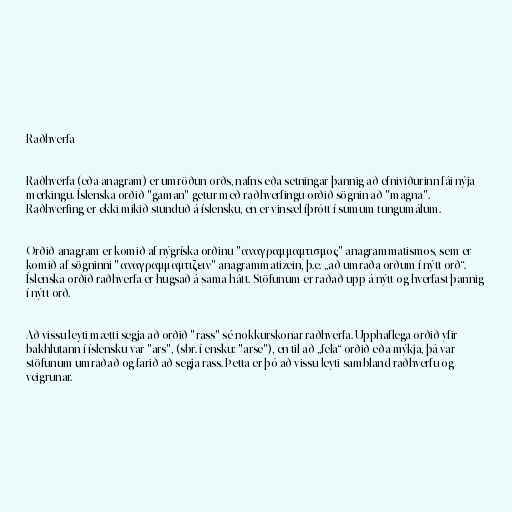
Raðhverfa

Raðhverfa (eða anagram) er umröðun orðs, nafns eða setningar þannig að efniviðurinn fái nýja
merkingu. Íslenska orðið "gaman" getur með raðhverfingu orðið sögnin að "magna".
Raðhverfing er ekki mikið stunduð á íslensku, en er vinsæl íþrótt í sumum tungumálum.

Orðið anagram er komið af nýgríska orðinu "αναγραμμαμτισμος" anagrammatismos, sem er
komið af sögninni "αναγραμμαμτιζειν" anagrammatizein, þ.e. „að umraða orðum í nýtt orð“.
Íslenska orðið raðhverfa er hugsað á sama hátt. Stöfunum er raðað upp á nýtt og hverfast þannig
í nýtt orð.

Að vissu leyti mætti segja að orðið "rass" sé nokkurskonar raðhverfa. Upphaflega orðið yfir
bakhlutann í íslensku var "ars", (sbr. í ensku: "arse"), en til að „fela“ orðið eða mýkja, þá var
stöfunum umraðað og farið að segja rass. Þetta er þó að vissu leyti sambland raðhverfu og
veigrunar.